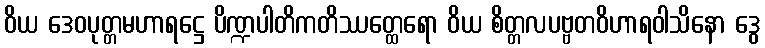
ဝိယ ဒေဝပုတ္တမဟာရဋ္ဌေ ပိဏ္ဍပါတိကတိဿတ္ထေရော ဝိယ စိတ္တလပဗ္ဗတဝိဟာရဝါသိနော ဒွေ